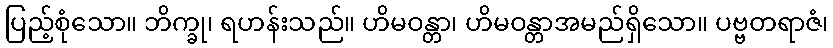
ပြည့်စုံသော။ ဘိက္ခု၊ ရဟန်းသည်။ ဟိမဝန္တာ၊ ဟိမဝန္တာအမည်ရှိသော။ ပဗ္ဗတရာဇံ၊